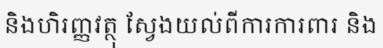
និងហិរញ្ញវត្ថុ ស្វែងយល់ពីការការពារ និង